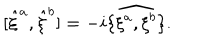
[ { \hat { \xi } } ^ { a } , { \hat { \xi } } ^ { b } ] = - i \widehat { \{ \xi ^ { a } , \xi ^ { b } \} } .